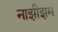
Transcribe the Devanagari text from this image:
नाझीझम